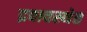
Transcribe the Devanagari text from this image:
द्रवावस्थेत